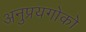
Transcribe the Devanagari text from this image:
अनुप्रयगोको